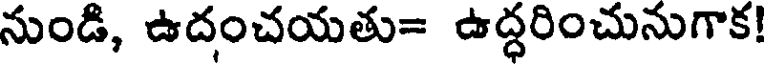
నుండి, ఉదంచయతు= ఉద్ధరించునుగాక!